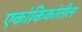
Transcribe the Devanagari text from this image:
एकांकिकांतील